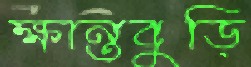
ক্ষান্তবুড়ি